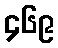
၄၆၉